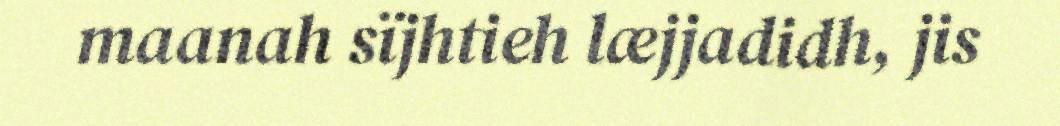
maanah sïjhtieh læjjadidh, jis